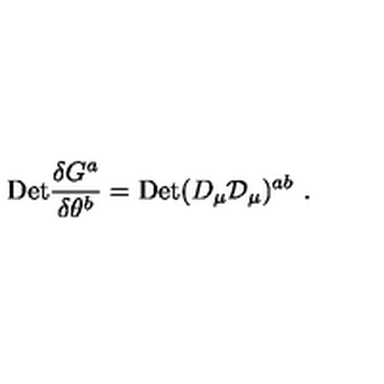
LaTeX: \mathrm { { D e t } } { \frac { \delta G ^ { a } } { \delta \theta ^ { b } } } = { \mathrm { D e t } } ( D _ { \mu } { \cal D } _ { \mu } ) ^ { a b } \ .